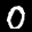
Label: 0